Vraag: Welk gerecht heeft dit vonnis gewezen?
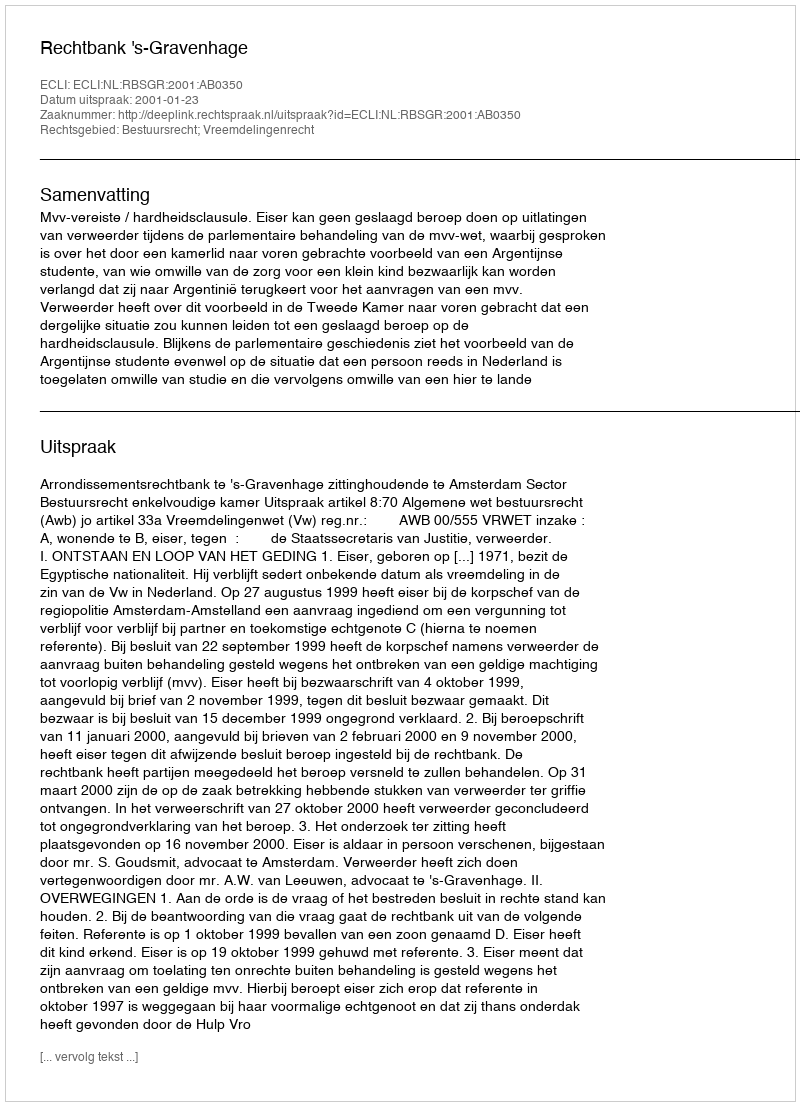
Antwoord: Rechtbank 's-Gravenhage